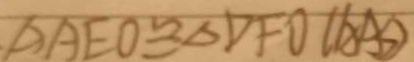
\Delta A E O \cong \Delta D F O ( A A )